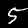
Digit: 5